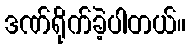
ဒဏ်ရိုက်ခဲ့ပါတယ်။